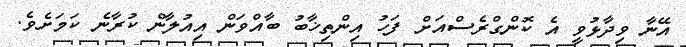
އޭނާ ވިދާޅުވީ އެ ކޮންގްރެސްއަށް ފަހު އިންތިޚާބު ބާއްވަން އިއުލާން ކުރާނެ ކަމަށެވެ.